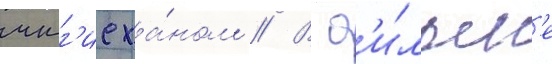
чинг'исха́ном // В ф'и́льм'е